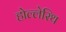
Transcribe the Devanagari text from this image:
होल्लेरिथ